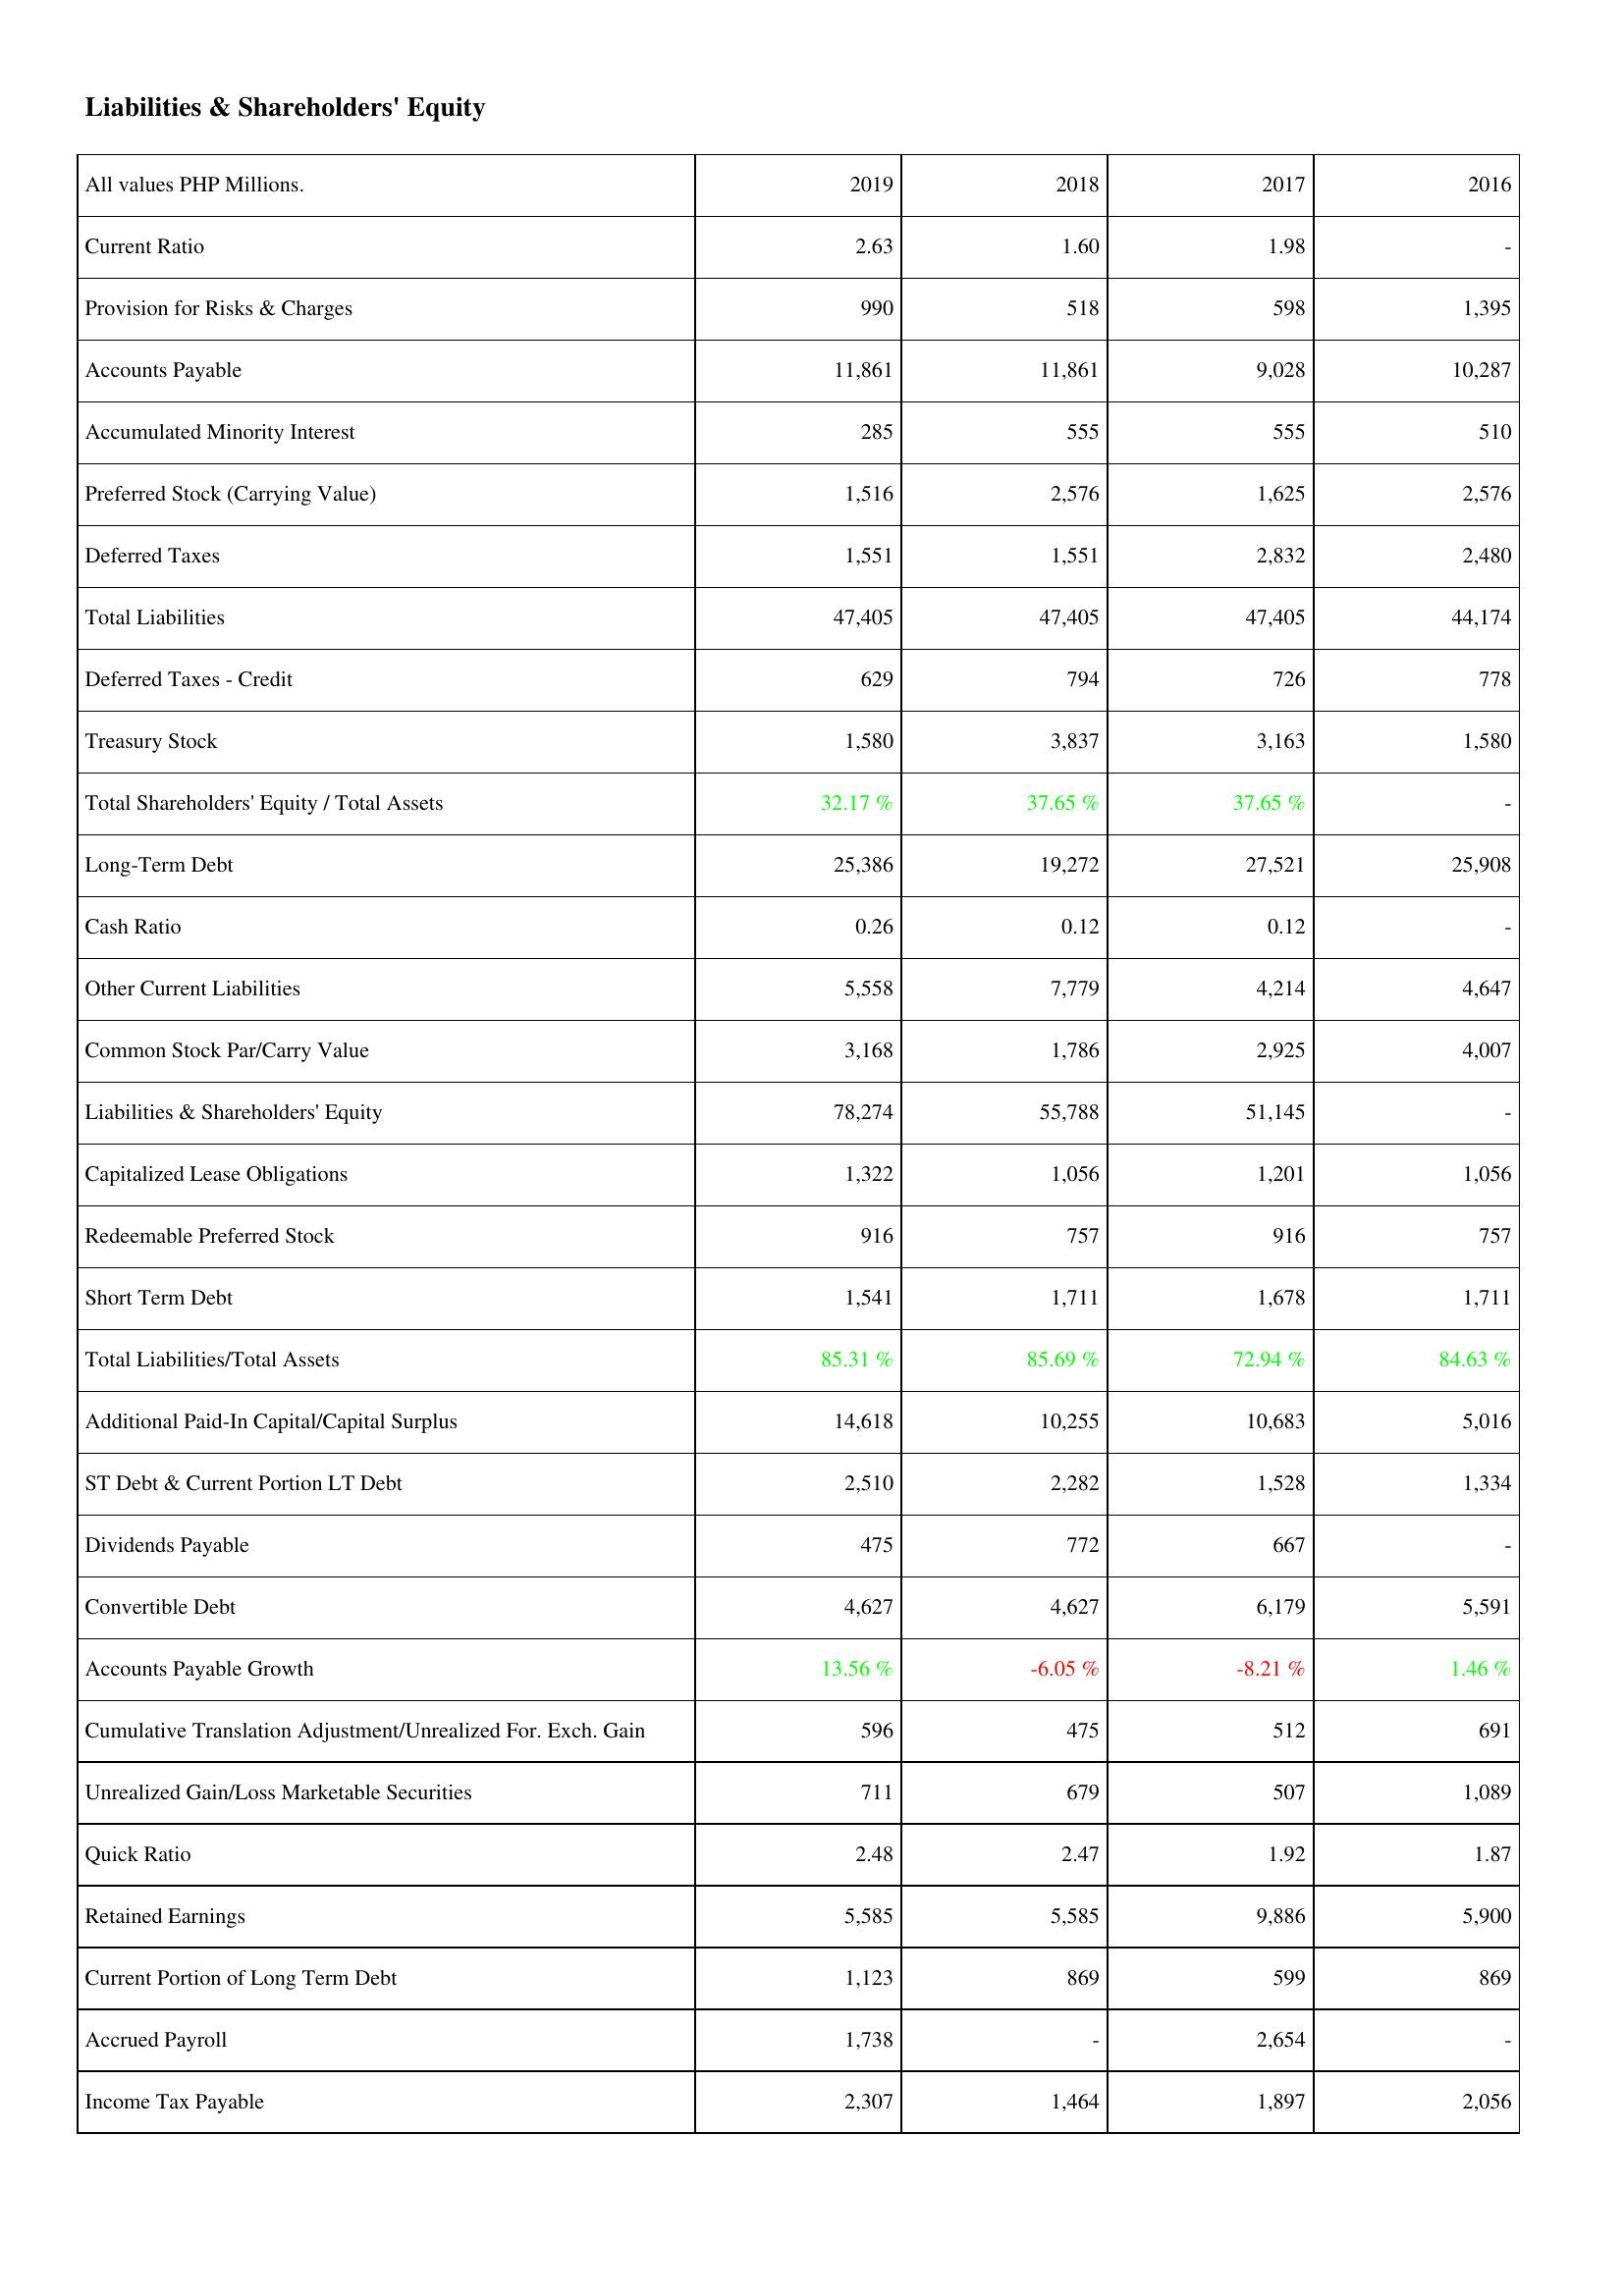
2019: Liabilities & Shareholders' Equity: Current Ratio: 2.63
Provision for Risks & Charges: 990
Accounts Payable: 11,861
Accumulated Minority Interest: 285
Preferred Stock (Carrying Value): 1,516
Deferred Taxes: 1,551
Total Liabilities: 47,405
Deferred Taxes - Credit: 629
Treasury Stock: 1,580
Total Shareholders' Equity / Total Assets: 32.17 %
Long-Term Debt: 25,386
Cash Ratio: 0.26
Other Current Liabilities: 5,558
Common Stock Par/Carry Value: 3,168
Liabilities & Shareholders' Equity: 78,274
Capitalized Lease Obligations: 1,322
Redeemable Preferred Stock: 916
Short Term Debt: 1,541
Total Liabilities/Total Assets: 85.31 %
Additional Paid-In Capital/Capital Surplus: 14,618
ST Debt & Current Portion LT Debt: 2,510
Dividends Payable: 475
Convertible Debt: 4,627
Accounts Payable Growth: 13.56 %
Cumulative Translation Adjustment/Unrealized For. Exch. Gain: 596
Unrealized Gain/Loss Marketable Securities: 711
Quick Ratio: 2.48
Retained Earnings: 5,585
Current Portion of Long Term Debt: 1,123
Accrued Payroll: 1,738
Income Tax Payable: 2,307
2018: Liabilities & Shareholders' Equity: Current Ratio: 1.60
Provision for Risks & Charges: 518
Accounts Payable: 11,861
Accumulated Minority Interest: 555
Preferred Stock (Carrying Value): 2,576
Deferred Taxes: 1,551
Total Liabilities: 47,405
Deferred Taxes - Credit: 794
Treasury Stock: 3,837
Total Shareholders' Equity / Total Assets: 37.65 %
Long-Term Debt: 19,272
Cash Ratio: 0.12
Other Current Liabilities: 7,779
Common Stock Par/Carry Value: 1,786
Liabilities & Shareholders' Equity: 55,788
Capitalized Lease Obligations: 1,056
Redeemable Preferred Stock: 757
Short Term Debt: 1,711
Total Liabilities/Total Assets: 85.69 %
Additional Paid-In Capital/Capital Surplus: 10,255
ST Debt & Current Portion LT Debt: 2,282
Dividends Payable: 772
Convertible Debt: 4,627
Accounts Payable Growth: -6.05 %
Cumulative Translation Adjustment/Unrealized For. Exch. Gain: 475
Unrealized Gain/Loss Marketable Securities: 679
Quick Ratio: 2.47
Retained Earnings: 5,585
Current Portion of Long Term Debt: 869
Accrued Payroll: -
Income Tax Payable: 1,464
2017: Liabilities & Shareholders' Equity: Current Ratio: 1.98
Provision for Risks & Charges: 598
Accounts Payable: 9,028
Accumulated Minority Interest: 555
Preferred Stock (Carrying Value): 1,625
Deferred Taxes: 2,832
Total Liabilities: 47,405
Deferred Taxes - Credit: 726
Treasury Stock: 3,163
Total Shareholders' Equity / Total Assets: 37.65 %
Long-Term Debt: 27,521
Cash Ratio: 0.12
Other Current Liabilities: 4,214
Common Stock Par/Carry Value: 2,925
Liabilities & Shareholders' Equity: 51,145
Capitalized Lease Obligations: 1,201
Redeemable Preferred Stock: 916
Short Term Debt: 1,678
Total Liabilities/Total Assets: 72.94 %
Additional Paid-In Capital/Capital Surplus: 10,683
ST Debt & Current Portion LT Debt: 1,528
Dividends Payable: 667
Convertible Debt: 6,179
Accounts Payable Growth: -8.21 %
Cumulative Translation Adjustment/Unrealized For. Exch. Gain: 512
Unrealized Gain/Loss Marketable Securities: 507
Quick Ratio: 1.92
Retained Earnings: 9,886
Current Portion of Long Term Debt: 599
Accrued Payroll: 2,654
Income Tax Payable: 1,897
2016: Liabilities & Shareholders' Equity: Current Ratio: -
Provision for Risks & Charges: 1,395
Accounts Payable: 10,287
Accumulated Minority Interest: 510
Preferred Stock (Carrying Value): 2,576
Deferred Taxes: 2,480
Total Liabilities: 44,174
Deferred Taxes - Credit: 778
Treasury Stock: 1,580
Total Shareholders' Equity / Total Assets: -
Long-Term Debt: 25,908
Cash Ratio: -
Other Current Liabilities: 4,647
Common Stock Par/Carry Value: 4,007
Liabilities & Shareholders' Equity: -
Capitalized Lease Obligations: 1,056
Redeemable Preferred Stock: 757
Short Term Debt: 1,711
Total Liabilities/Total Assets: 84.63 %
Additional Paid-In Capital/Capital Surplus: 5,016
ST Debt & Current Portion LT Debt: 1,334
Dividends Payable: -
Convertible Debt: 5,591
Accounts Payable Growth: 1.46 %
Cumulative Translation Adjustment/Unrealized For. Exch. Gain: 691
Unrealized Gain/Loss Marketable Securities: 1,089
Quick Ratio: 1.87
Retained Earnings: 5,900
Current Portion of Long Term Debt: 869
Accrued Payroll: -
Income Tax Payable: 2,056